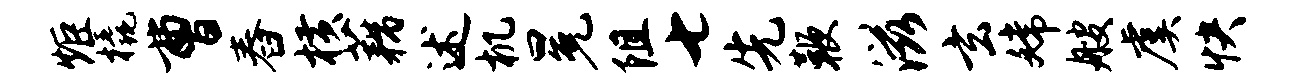
炬橇曹舂横藕述机冕阻七先鞭滋玄嫦艘虞快